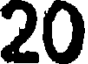
20